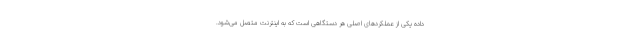
داده یکی از عملکردهای اصلی هر دستگاهی است که به اینترنت متصل می‌شود.